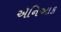
ઍનિઆક